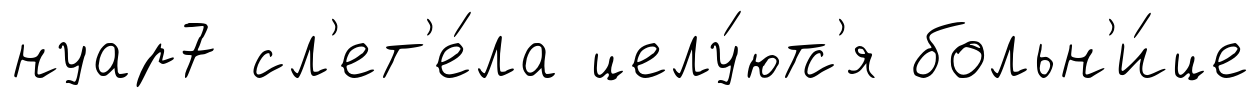
нуар7 сл'ет'е́ла целу́ютс'я больн'и́це